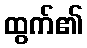
ထွက်၏